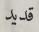
قديد